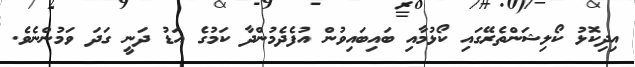
އިދިކޮޅު ކޯލިޝަންތެރޭގައި ކޯޅުމާއި ބައިބައިވުން އުފެދެމުންދާ ކަމުގެ އަޑު ދަނީ ގަދަ ވަމުންނެވެ.